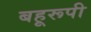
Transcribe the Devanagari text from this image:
बहूरूपी